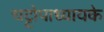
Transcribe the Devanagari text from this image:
चट्टोपाध्यायके